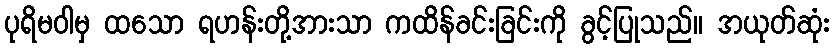
ပုရိမဝါမှ ထသော ရဟန်းတို့အားသာ ကထိန်ခင်းခြင်းကို ခွင့်ပြုသည်။ အယုတ်ဆုံး